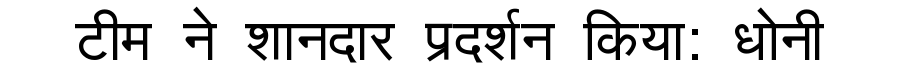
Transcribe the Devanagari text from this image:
टीम ने शानदार प्रदर्शन किया: धोनी